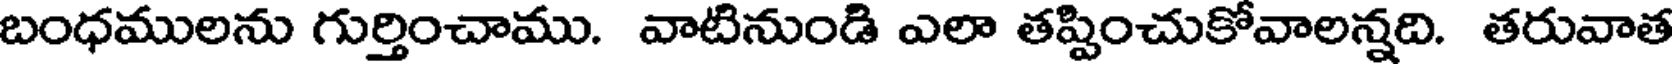
బంధములను గుర్తించాము. వాటినుండి ఎలా తప్పించుకోవాలన్నది. తరువాత